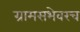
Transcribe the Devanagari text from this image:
ग्रामसभेवरच